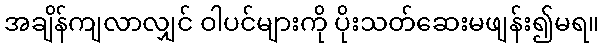
အချိန်ကျလာလျှင် ဝါပင်များကို ပိုးသတ်ဆေးမဖျန်း၍မရ။